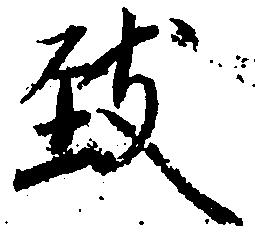
致